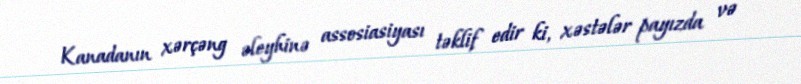
Kanadanın xərçəng əleyhinə assosiasiyası təklif edir ki, xəstələr payızda və